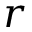
r